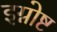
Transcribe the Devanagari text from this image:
इग्नोष्ट